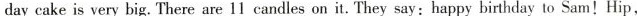
day cake is very big. There are 11 candles on it. They say:happy birthday to Sam!Hip,